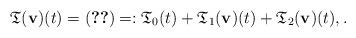
LaTeX: \begin{align*} \mathfrak T(\mathbf v)(t) = \eqref{induction1-truncated} =: \mathfrak T_0(t) + \mathfrak T_1(\mathbf v)(t) + \mathfrak T_2(\mathbf v)(t), .\end{align*}